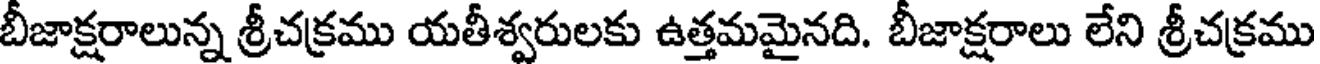
బీజాక్షరాలున్న శ్రీచక్రము యతీశ్వరులకు ఉత్తమమైనది. బీజాక్షరాలు లేని శ్రీచక్రము